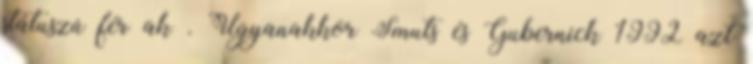
státuszú férﬁak . Ugyanakkor Smuts és Gubernick 1992 azt